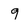
Character: g